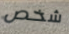
شخص